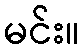
မင်း။